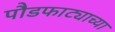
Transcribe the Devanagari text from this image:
पौडफाट्याच्या